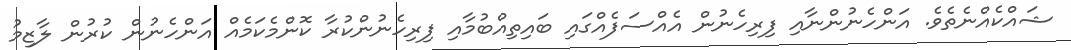
ޝައްކެއްނެތެވެ. އަންހެނުންނާއި ފިރިހެނުން އެއްސަފެއްގައި ބައިތިއްބުމާއި ފިރިހެނުންކުރާ ކޮންމެކަމެއް އަންހެނުން ކުރުން ލާޒިމު